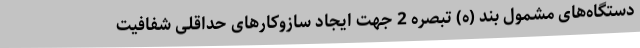
دستگاه‌های مشمول بند (ه) تبصره 2 جهت ایجاد سازوکارهای حداقلی شفافیت